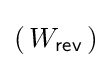
(\,W_{\mathsf {rev}}\,)